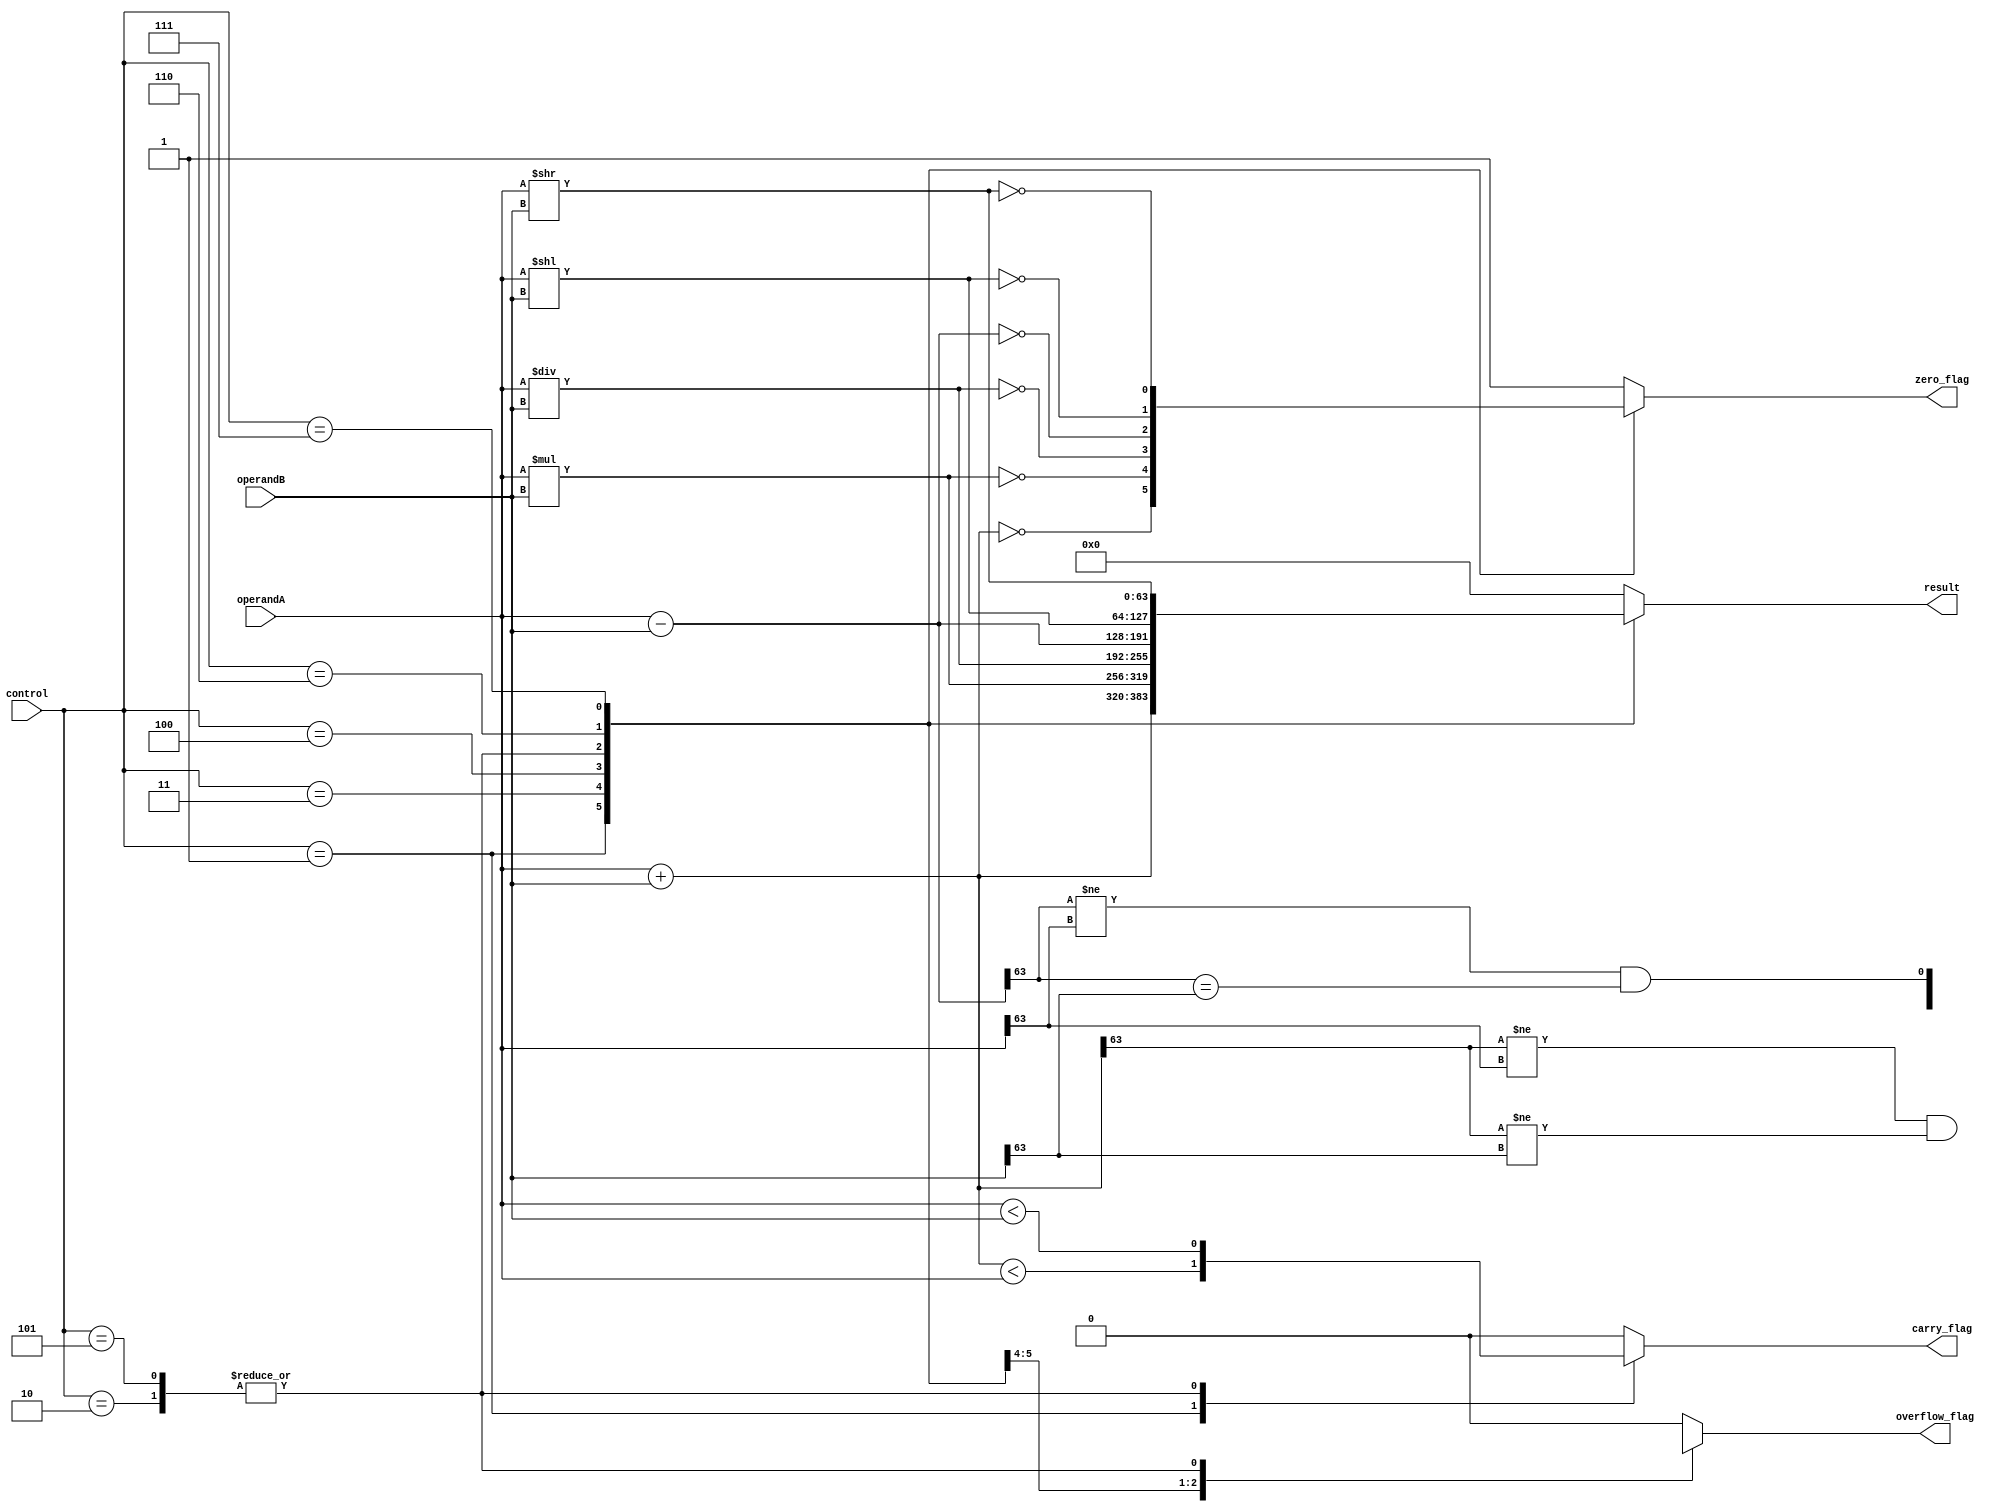
module ALU(input [63:0] operandA, // 64-bit input operand A
           input [63:0] operandB, // 64-bit input operand B
           input [5:0] control, // 6-bit control signal for operation selection
           output reg [63:0] result, // 64-bit output result
           output reg carry_flag, // Carry flag for arithmetic operations
           output reg overflow_flag, // Overflow flag for arithmetic operations
           output reg zero_flag // Zero flag for comparison operations
           );

   // Functional blocks
   reg [63:0] add_result;
   reg [63:0] sub_result;
   reg [63:0] mul_result;
   reg [63:0] div_result;
   reg [63:0] cmp_result;
   reg [63:0] shift_result;

   always @ (operandA, operandB, control)
   begin
       case (control)
           6'b000001 : // Addition
               begin
                   add_result = operandA + operandB;
                   result = add_result;
                   carry_flag = (add_result < operandA);
                   overflow_flag = (add_result[63] != operandA[63] && add_result[63] != operandB[63]);
                   zero_flag = (add_result == 64'b0);
               end
           6'b000010 : // Subtraction
               begin
                   sub_result = operandA - operandB;
                   result = sub_result;
                   carry_flag = (operandA < operandB);
                   overflow_flag = (sub_result[63] != operandA[63] && sub_result[63] == operandB[63]);
                   zero_flag = (sub_result == 64'b0);
               end
           6'b000011 : // Multiplication
               begin
                   mul_result = operandA * operandB;
                   result = mul_result;
                   carry_flag = 1'b0;
                   overflow_flag = (mul_result[127:64] != 64'b0);
                   zero_flag = (mul_result == 64'b0);
               end
           6'b000100 : // Division
               begin
                   div_result = operandA / operandB;
                   result = div_result;
                   carry_flag = 1'b0;
                   overflow_flag = 1'b0;
                   zero_flag = (div_result == 64'b0);
               end
           6'b000101 : // Comparison
               begin
                   cmp_result = operandA - operandB;
                   result = cmp_result;
                   carry_flag = (operandA < operandB);
                   overflow_flag = (cmp_result[63] != operandA[63] && cmp_result[63] == operandB[63]);
                   zero_flag = (cmp_result == 64'b0);
               end
           6'b000110 : // Left shift
               begin
                   shift_result = operandA << operandB;
                   result = shift_result;
                   carry_flag = 1'b0;
                   overflow_flag = 1'b0;
                   zero_flag = (shift_result == 64'b0);
               end
           6'b000111 : // Right shift
               begin
                   shift_result = operandA >> operandB;
                   result = shift_result;
                   carry_flag = 1'b0;
                   overflow_flag = 1'b0;
                   zero_flag = (shift_result == 64'b0);
               end
           default : // Unsupported operation
               begin
                   result = 64'b0;
                   carry_flag = 1'b0;
                   overflow_flag = 1'b0;
                   zero_flag = 1'b1;
               end
       endcase
   end

endmodule